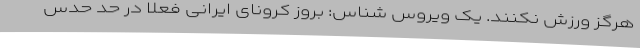
هرگز ورزش نکنند. یک ویروس شناس: بروز کرونای ایرانی فعلا در حد حدس